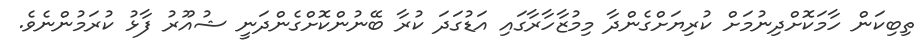
ތިބިކަން ހާމަކޮށްދިނުމަށް ކުރިޔަށްގެންދާ މިމުޒާހާރާގައި އަޑުގަދަ ކުރާ ބޭނުންކޮށްގެންދަނީ ޝުއޫރު ފާޅު ކުރަމުންނެވެ.